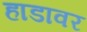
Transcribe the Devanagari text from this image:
हाडावर